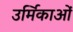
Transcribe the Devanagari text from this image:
उर्मिकाओं